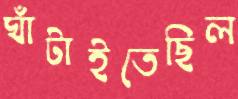
ঘাঁটাইতেছিল